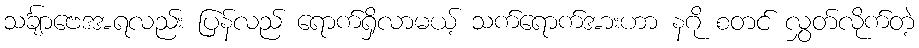
သင်္ချာဗေဒအရလည်း ပြန်လည် ရောက်ရှိလာမယ့် သက်ရောက်အားဟာ နဂို စတင် လွှတ်လိုက်တဲ့